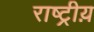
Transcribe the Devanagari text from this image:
राष्ट्रीय़